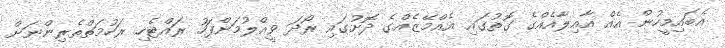
އެބައިމީހުން އެއް އާއިލާއެއްގެ ގޮތުގައި އެއްމޭޒެއްގެ ދޮށުގައި ރޯދަ ވީއްލުމަށްފަހު ރައްޓެހި ރަހުމަތްތެރިންނަށް